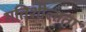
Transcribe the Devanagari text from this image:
गतिशीलाता